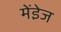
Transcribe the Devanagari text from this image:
मेंडे़ज